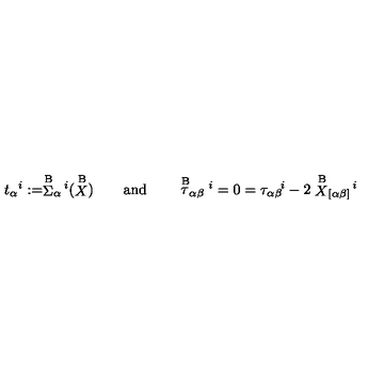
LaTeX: t _ { \alpha } { } ^ { i } : = \stackrel { \mathrm { B } } { \Sigma } _ { \alpha } { } ^ { \! i } ( \stackrel { \mathrm { B } } { X } ) \qquad \mathrm { a n d } \qquad \stackrel { \mathrm { B } } { \tau } _ { \alpha \beta } { } ^ { i } = 0 = { \tau } _ { \alpha \beta } { } ^ { \! i } - 2 \stackrel { \mathrm { B } } { X } _ { [ \alpha \beta ] } { } ^ { \! i }